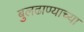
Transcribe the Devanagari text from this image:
बुलढाण्याच्या